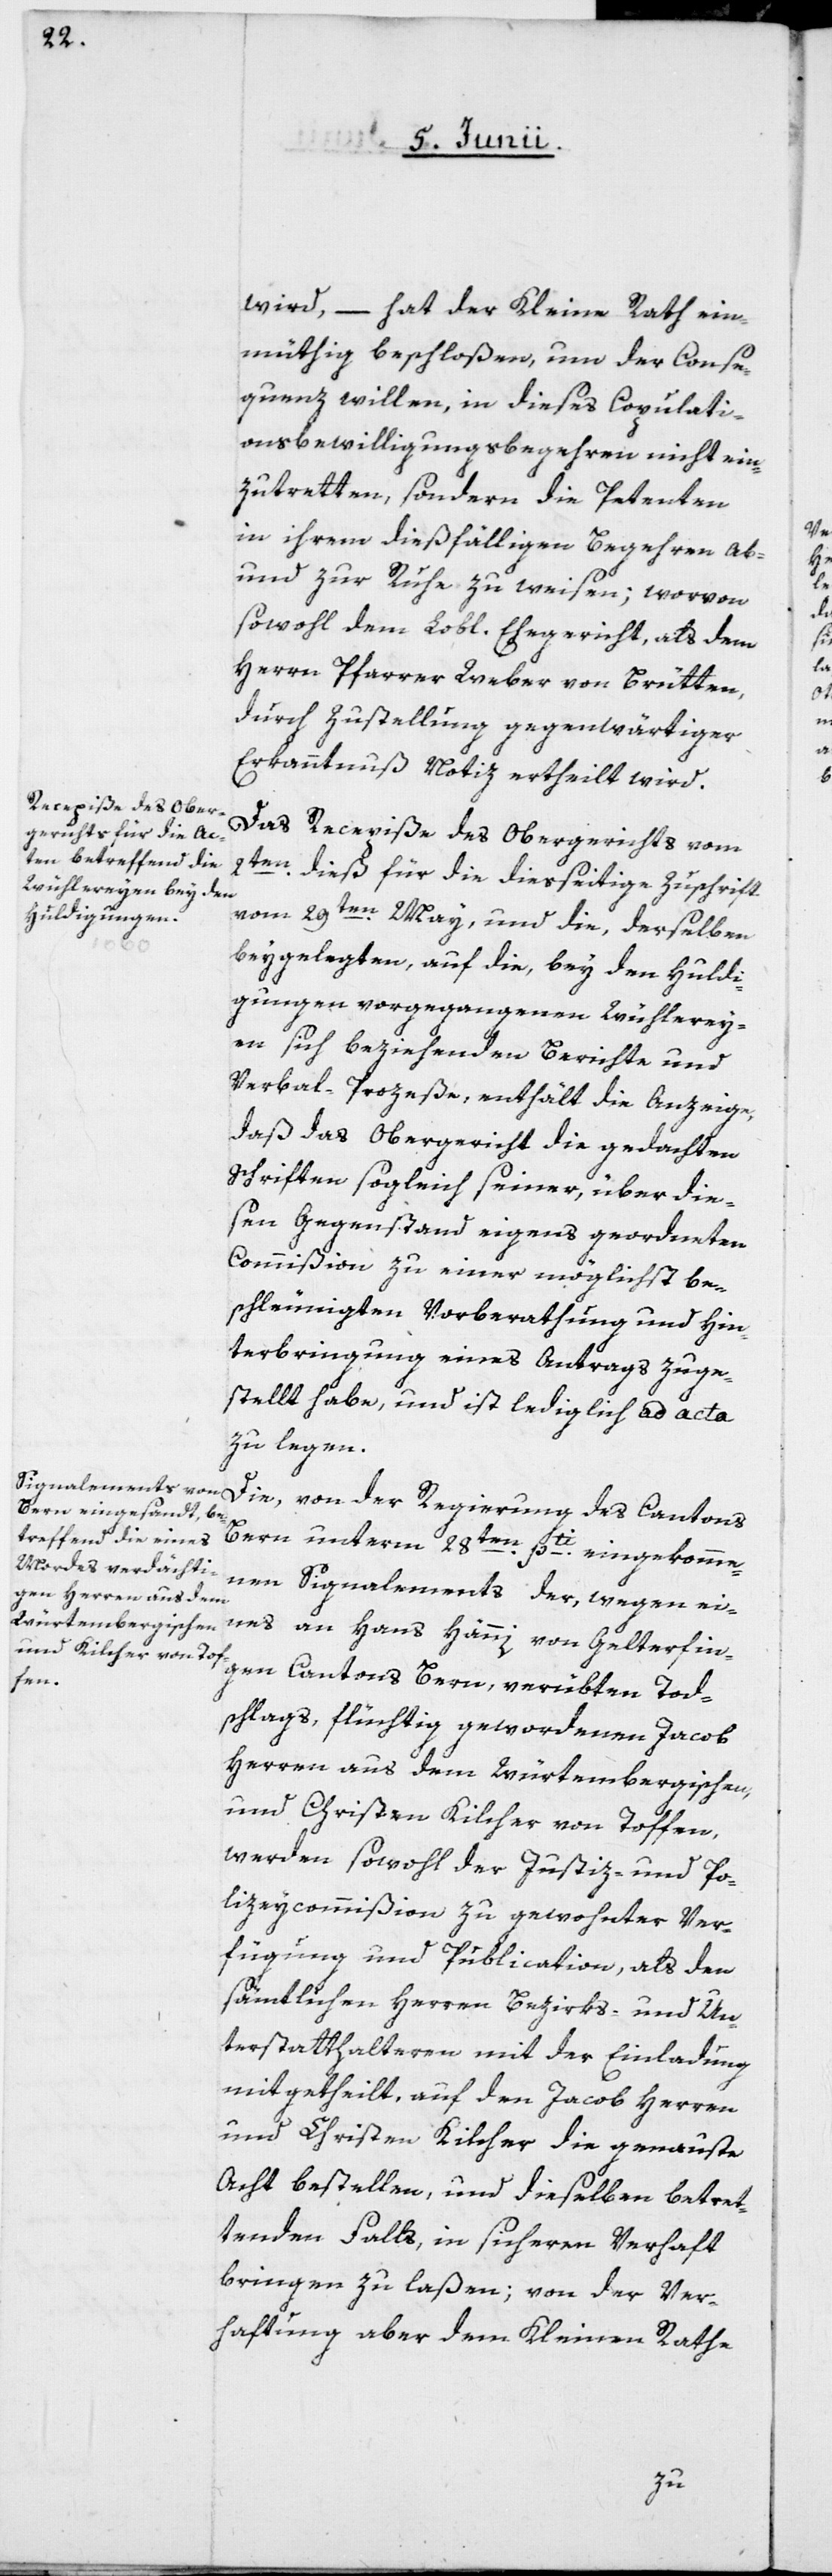
wird, – hat der Kleine Rath ein¬
müthig beschloßen, um der Conse¬
quenz willen, in dieses Copulati¬
onsbewilligungsbegehren nicht ein¬
zutretten, sondern die Petenten
in ihrem dießfälligen Begehren ab-
und zur Ruhe zu weisen; worvon
sowohl dem Lobl. Ehegericht als dem
Herrn Pfarrer Weber von Brütten,
durch Zustellung gegenwärtiger
Erkanntnuß, Notiz ertheilt wird.
Das Recepiße des Obergerichts vom
2ten dieß für die diesseitige Zuschrift
vom 29ten May, und die, derselben
beygelegten, auf die, bey den Huldi¬
gungen vorgegangenen Wühlerey¬
en sich beziehenden Berichte und
Verbal-Prozeße, enthält die Anzeige,
daß das Obergericht die gedachten
Schriften sogleich seiner, über die¬
sen Gegenstand eigens geordneten
Commißion zu einer möglichst be¬
schleunigten Vorberathung und Hin¬
terbringung eines Antrags zuge¬
stellt habe, und ist lediglich ad acta
zu legen.
Die von der Regierung des Cantons
Bern unterm 28ten pti eingekomme¬
nen Signalements der, wegen ei¬
nes an Hans Hänni von Gelterfin¬
gen, Cantons Bern, verübten Tod¬
schlags, flüchtig gewordenen Jacob
Herren aus dem Würtembergischen,
und Christen Kilcher von Toffen,
werden sowohl der Justiz- und Po¬
lizeycommißion zu gewohnter Ver¬
fügung und Publication, als den
sämtlichen Herren Bezirks- und Un¬
terstatthalteren mit der Einladung
mitgetheilt, auf den Jacob Herren
und Christen Kilcher die genauste
Acht bestellen, und dieselben betret¬
tenden Falls in sicheren Verhaft
bringen zu laßen; von der Ver¬
haftung aber dem Kleinen Rathe